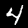
Digit: 4